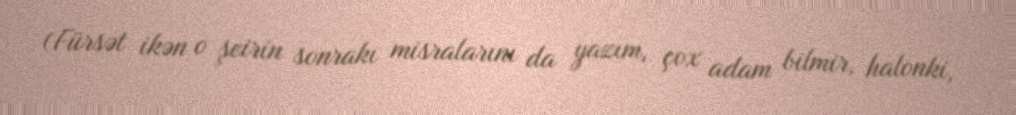
(Fürsət ikən o şeirin sonrakı misralarını da yazım, çox adam bilmir, halonki,